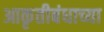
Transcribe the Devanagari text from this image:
आकृतीबंधाच्या